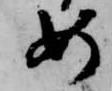
如